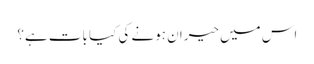
اس میں حیران ہونے کی کیا بات ہے؟